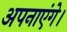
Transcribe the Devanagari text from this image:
अपनाएंगे।